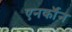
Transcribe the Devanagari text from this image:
एनर्कॉन